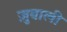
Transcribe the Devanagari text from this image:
ज़ुबाली